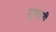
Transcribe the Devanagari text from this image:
मुगवरी